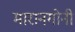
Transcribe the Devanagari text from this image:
मारानगोनी